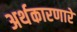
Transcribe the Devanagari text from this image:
अर्थकारणारे